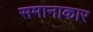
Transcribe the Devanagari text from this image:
समानाकार